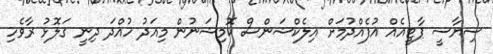
ސިޔާސީ ޕާޓީއެއް އުފެއްދުމަށް އިލެކްޝަންސް ކޮމިޝަނުން މިއަދު ހުއްދަ ދިނީ ގަލޮޅު ރާވެހި